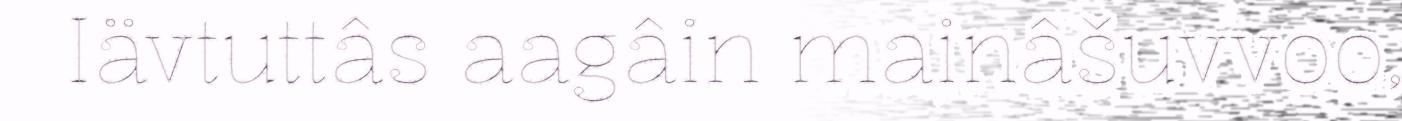
Iävtuttâs aagâin mainâšuvvoo,